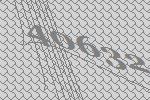
40632